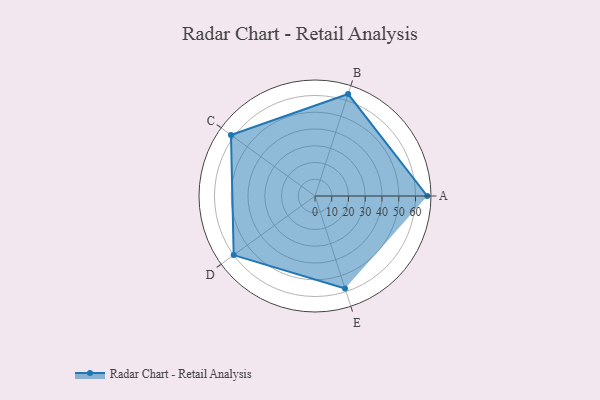
{"axis": {"x": "Skill", "y": "Score"}, "legend": ["Profile"], "data": [{"x": "A", "y": 67.0, "type": "Profile"}, {"x": "B", "y": 64.0, "type": "Profile"}, {"x": "C", "y": 62.0, "type": "Profile"}, {"x": "D", "y": 60.0, "type": "Profile"}, {"x": "E", "y": 58.0, "type": "Profile"}]}